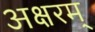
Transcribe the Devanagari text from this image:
अक्षरम्